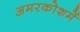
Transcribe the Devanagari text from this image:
अमरकोशमें